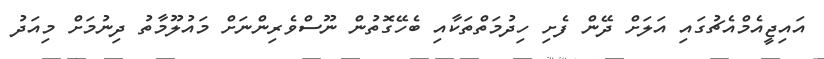
އައިޖީއެމްއެޗުގައި އަލަށް ދޭން ފެށި ހިދުމަތްތަކާއި ބެހޭގޮތުން ނޫސްވެރިންނަށް މައުލޫމާތު ދިނުމަށް މިއަދު